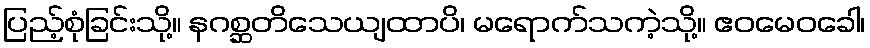
ပြည့်စုံခြင်းသို့။ နဂစ္ဆတိသေယျထာပိ၊ မရောက်သကဲ့သို့။ ဧဝမေဝခေါ၊